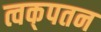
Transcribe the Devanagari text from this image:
त्वक्‌पतन